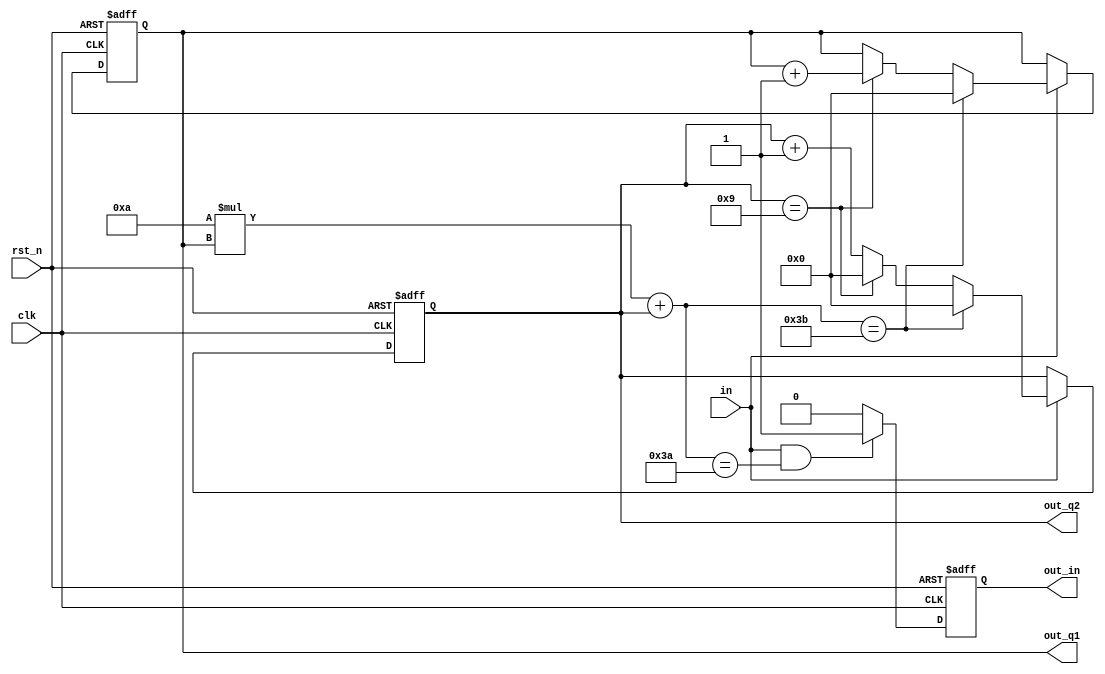
`timescale 1ns / 1ps
module counter_12(clk,in,rst_n,out_in,out_q1,out_q2);
input clk;
input in;
input rst_n;
output reg out_in;
output reg [3:0] out_q1;
output reg [3:0] out_q2;
always@(posedge clk or negedge rst_n) 
    if(~rst_n)
        {out_q1,out_q2} <= 0;
    else if(in)
        begin
            if(10*out_q1 + out_q2 == 59)
                {out_q1,out_q2} <= 0;
            else
                begin
                if (out_q2 == 9)
                    begin
                        out_q1 <= out_q1 + 1;
                        out_q2 <= 0;
                    end
                else 
                    out_q2 <= out_q2 + 1;                
                end
        end
        
always@(posedge clk or negedge rst_n) 
            if(~rst_n)
                out_in <= 1'b0;
            else if(in && 10*out_q1 + out_q2 == 58)
                out_in <= 1'b1;
            else
                out_in <= 1'b0;
endmodule